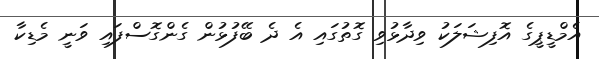
އެމްޑީޕީގެ އޮފިޝަލަކު ވިދާޅުވި ގޮތުގައި އެ ދެ ބޭފުޅުން ގެންގޮސްފައި ވަނީ މެޑިކާ